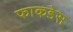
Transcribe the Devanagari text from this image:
फाकडेस